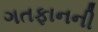
ગતફાનની